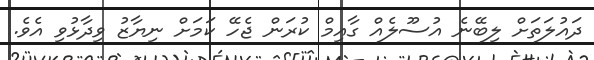
ދައުލަތަށް ލިބޭނެ އުސޫލެއް ގާއިމް ކުރަން ޖެހޭ ކަމަށް ނިޔާޒު ވިދާޅުވި އެވެ.